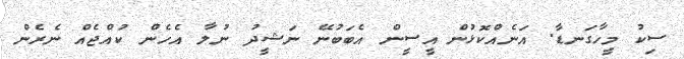
ސިކު މީހާގަނޑާ. އަނެއްކޮޅުން އީސީން އެބަބުނޭ ނަޝީދު ނުލާ އެހެން ކުއްޖެއް ނެރެން